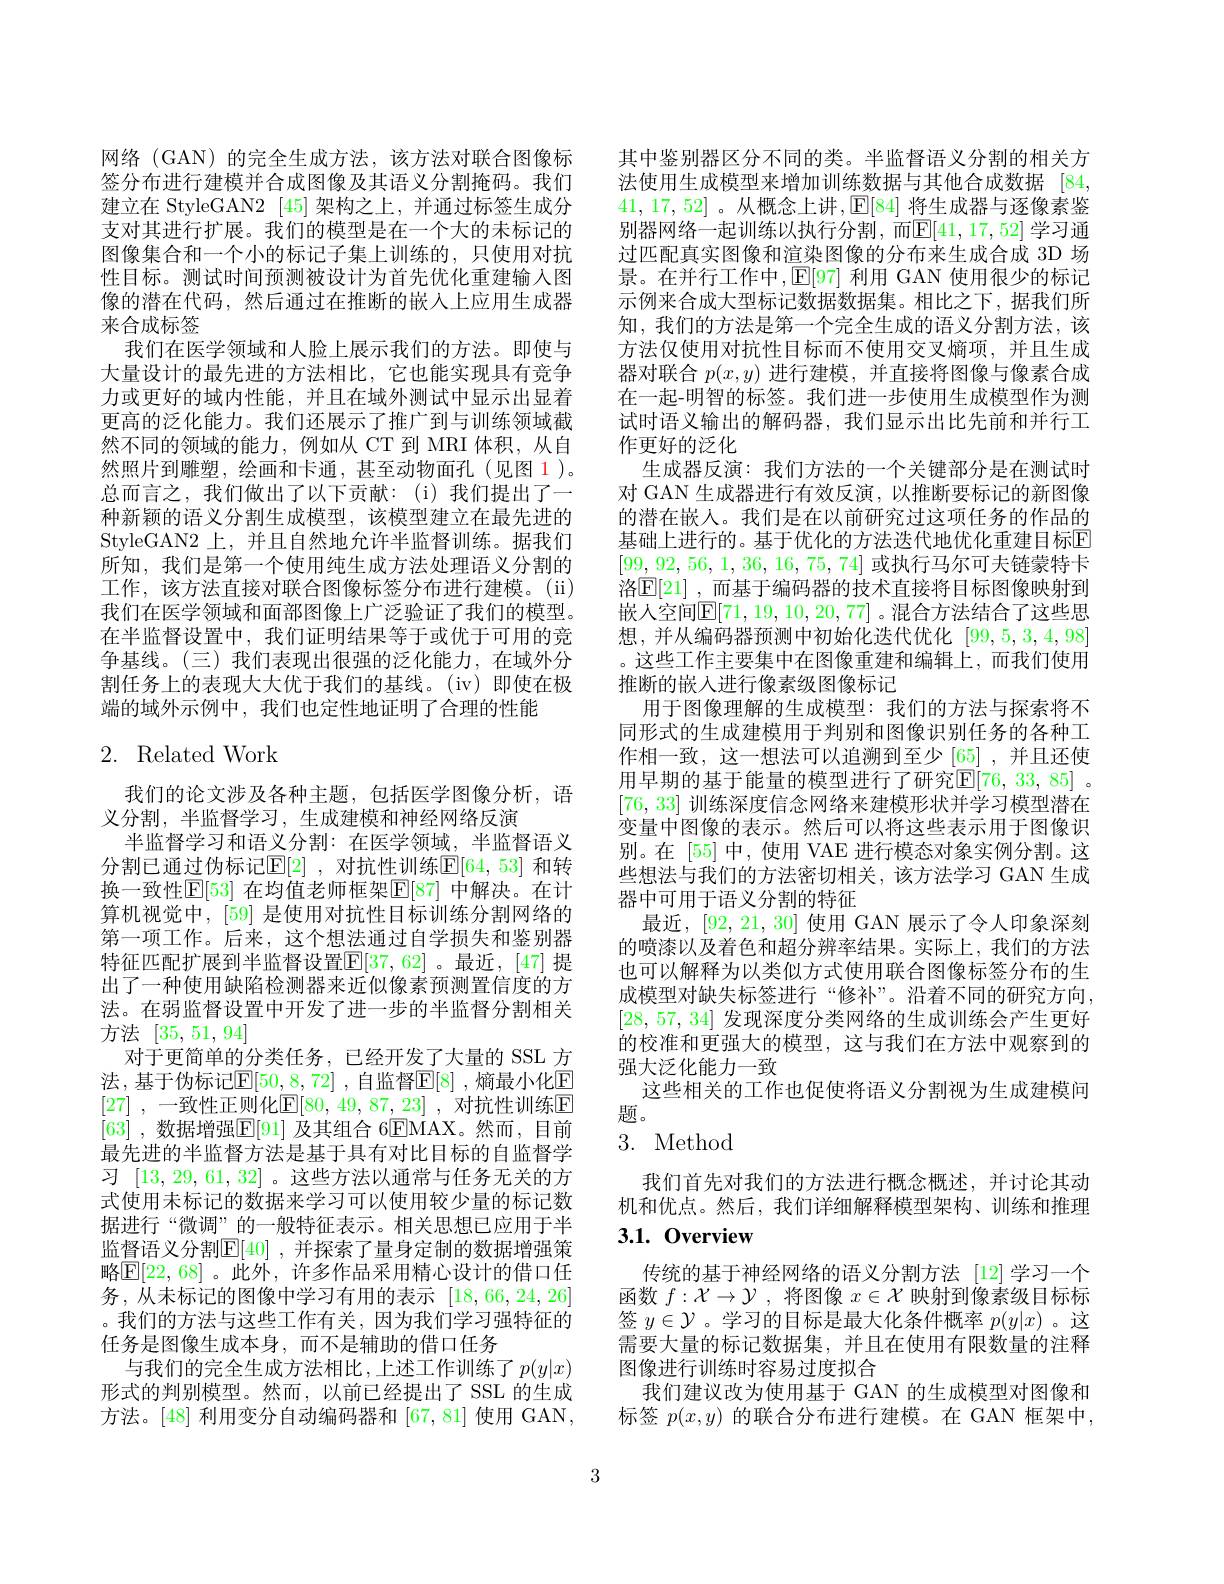
网络 (GAN) 的完全生成方法，该方法对联合图像标签分布进行建模并合成图像及其语义分割掩码。我们建立在 StyleGAN2 [45]架构之上，并通过标签生成分支对其进行扩展。我们的模型是在一个大的未标记的图像集合和一个小的标记子集上训练的，只使用对抗性目标。测试时间预测被设计为首先优化重建输入图像的潜在代码，然后通过在推断的嵌人上应用生成器来合成标签
我们在医学领域和人脸上展示我们的方法。即使与大量设计的最先进的方法相比，它也能实现具有竞争力或更好的域内性能，并且在域外测试中显示出显着更高的泛化能力。我们还展示了推广到与训练领域截然不同的领域的能力，例如从 CT 到 MRI 体积，从自然照片到雕塑，绘画和卡通，甚至动物面孔(见图 1)。总而言之，我们做出了以下贡献：(i)我们提出了一种新颖的语义分割生成模型，该模型建立在最先进的StyleGAN2 上，并且自然地允许半监督训练。据我们所知，我们是第一个使用纯生成方法处理语义分割的工作，该方法直接对联合图像标签分布进行建模。(ii) 我们在医学领域和面部图像上广泛验证了我们的模型。在半监督设置中，我们证明结果等于或优于可用的竞争基线。(三)我们表现出很强的泛化能力，在域外分割任务上的表现大大优于我们的基线。(iv)即使在极端的域外示例中，我们也定性地证明了合理的性能

## 2. Related Work

我们的论文涉及各种主题，包括医学图像分析，语
义分割，半监督学习，生成建模和神经网络反演
半监督学习和语义分割：在医学领域，半监督语义分割已通过伪标记$\mathbb{E}[2]$ ,对抗性训练$\mathbb{E}[64,53]$ 和转换一致性$\mathbb{E}[53]$ 在均值老师框架$\mathbb{E}[87]$ 中解决。在计算机视觉中，[59] 是使用对抗性目标训练分割网络的第一项工作。后来，这个想法通过自学损失和鉴别器特征匹配扩展到半监督设置$\mathbb{E}[37,62]$。最近，[47] 提出了一种使用缺陷检测器来近似像素预测置信度的方法。在弱监督设置中开发了进一步的半监督分割相关方法[35,51,94]
对于更简单的分类任务，已经开发了大量的 SSL 方法，基于伪标记$\mathbb{E}[50,8,72]$ ,自监督$\mathbb{E}[8]$ ,熵最小化$\mathbb{E}$ [27] ,一致性正则化$\mathbb{E}[80,49,87,23]$ ,对抗性训练$\mathbb{E}$ [63] ,数据增强$\mathbb{E}[91]$ 及其组合 6$\mathbb{E}$MAX。然而，目前最先进的半监督方法是基于具有对比目标的自监督学习[13,29,61,32] 。这些方法以通常与任务无关的方式使用未标记的数据来学习可以使用较少量的标记数据进行“微调”的一般特征表示。相关思想已应用于半监督语义分割$\mathbb{E}[40]$ ,并探索了量身定制的数据增强策略$\boxed{\mathbb{E}}[22,68]$ 。此外 ,许多作品采用精心设计的借口任务，从未标记的图像中学习有用的表示[18,66,24,26] 。我们的方法与这些工作有关，因为我们学习强特征的任务是图像生成本身，而不是辅助的借口任务
与我们的完全生成方法相比，上述工作训练了$p(y|x)$ 形式的判别模型。然而，以前已经提出了 SSL 的生成方法。[48] 利用变分自动编码器和 [67,81] 使用 GAN,

其中鉴别器区分不同的类。半监督语义分割的相关方法使用生成模型来增加训练数据与其他合成数据 [84, 41,17,52]。从概念上讲，E[84] 将生成器与逐像素鉴别器网络一起训练以执行分割，而$\mathbb{E}[41,17,52]$ 学习通过匹配真实图像和渲染图像的分布来生成合成 3D 场景。在并行工作中$,\operatorname{E}[97]$ 利用 GAN 使用很少的标记示例来合成大型标记数据数据集。相比之下，据我们所知，我们的方法是第一个完全生成的语义分割方法，该方法仅使用对抗性目标而不使用交叉熵项，并且生成器对联合$p(x,y)$进行建模，并直接将图像与像素合成在一起-明智的标签。我们进一步使用生成模型作为测试时语义输出的解码器，我们显示出比先前和并行工作更好的泛化
生成器反演：我们方法的一个关键部分是在测试时对 GAN 生成器进行有效反演，以推断要标记的新图像的潜在嵌人。我们是在以前研究过这项任务的作品的基础上进行的。基于优化的方法迭代地优化重建目标$\mathbb{E}$ [99,92,56,1,36,16,75,74]或执行马尔可夫链蒙特卡洛$\mathbb{E}[21]$ ,而基于编码器的技术直接将目标图像映射到嵌人空间$\overline{\mathbb{E}}[71,19,10,20,77]$。混合方法结合了这些思想，并从编码器预测中初始化迭代优化[99,5,3,4,98] 。这些工作主要集中在图像重建和编辑上，而我们使用推断的嵌人进行像素级图像标记
用于图像理解的生成模型：我们的方法与探索将不同形式的生成建模用于判别和图像识别任务的各种工作相一致，这一想法可以追溯到至少[65] ,并且还使用早期的基于能量的模型进行了研究$\mathbb{E}[76,33,85]$ 。[76,33]训练深度信念网络来建模形状并学习模型潜在变量中图像的表示。然后可以将这些表示用于图像识别。在 [55] 中，使用 VAE 进行模态对象实例分割。这些想法与我们的方法密切相关，该方法学习 GAN 生成器中可用于语义分割的特征
最近，[92,21,30]使用 GAN 展示了令人印象深刻的喷漆以及着色和超分辨率结果。实际上，我们的方法也可以解释为以类似方式使用联合图像标签分布的生成模型对缺失标签进行“修补”。沿着不同的研究方向， [28,57,34]发现深度分类网络的生成训练会产生更好的校准和更强大的模型，这与我们在方法中观察到的强大泛化能力一致
这些相关的工作也促使将语义分割视为生成建模问
题。
3. Method

我们首先对我们的方法进行概念概述，并讨论其动机和优点。然后，我们详细解释模型架构、训练和推理

# $3. 1. \textbf{ Overview}$

传统的基于神经网络的语义分割方法 [12]学习一个函数$f:\mathcal{X}\to\mathcal{Y}$ ,将图像$x\in\mathcal{X}$映射到像素级目标标签$y\in\mathcal{Y}$ 。学习的目标是最大化条件概率$p(y|x)$ 。这需要大量的标记数据集，并且在使用有限数量的注释图像进行训练时容易过度拟合
我们建议改为使用基于 GAN 的生成模型对图像和标签 $p(x,y)$ 的联合分布进行建模。在 GAN 框架中，

3